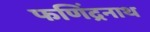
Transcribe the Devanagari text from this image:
फणिंद्रनाथ